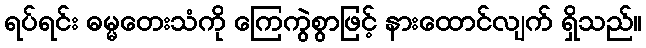
ရပ်ရင်း ဓမ္မတေးသံကို ကြေကွဲစွာဖြင့် နားထောင်လျက် ရှိသည်။